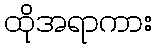
ထိုအရာကား